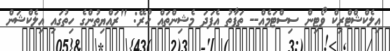
އިލެކްޝްޓްރިކް ވޯޓިން ސިސްޓަމެއް-- ތަފާތު އެފަދަ މެޝިންތައް ހުރޭ: "ރައްޔިތުންގެ ހިތުގައި އިލެކްޝަން